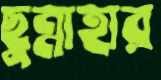
ছুন্নাহার